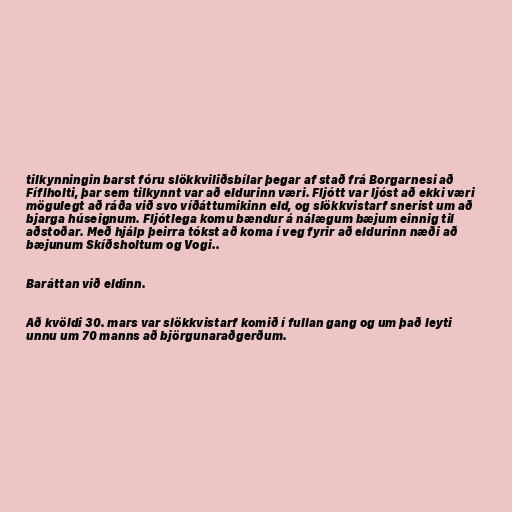
tilkynningin barst fóru slökkviliðsbílar þegar af stað frá Borgarnesi að
Fíflholti, þar sem tilkynnt var að eldurinn væri. Fljótt var ljóst að ekki væri
mögulegt að ráða við svo víðáttumikinn eld, og slökkvistarf snerist um að
bjarga húseignum. Fljótlega komu bændur á nálægum bæjum einnig til
aðstoðar. Með hjálp þeirra tókst að koma í veg fyrir að eldurinn næði að
bæjunum Skíðsholtum og Vogi..

Baráttan við eldinn.

Að kvöldi 30. mars var slökkvistarf komið í fullan gang og um það leyti
unnu um 70 manns að björgunaraðgerðum.